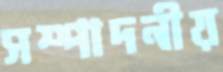
সম্পাদনীয়